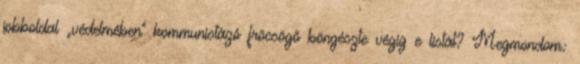
jobboldal „védelmében” kommunistázó fröcsögő böngészte végig e listát? Megmondom: